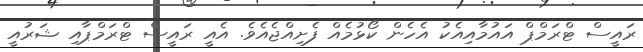
ރައީސް ޓްރަމްޕް އައުމާއިއެކު އެހެން ކޯޅުމެއް ފެށިއްޖެއެވެ. އެއީ ރައީސް ޓްރަމްޕާއި ޝަރުއީ